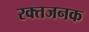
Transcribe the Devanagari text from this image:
रक्तजनक